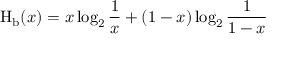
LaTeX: \operatorname { H } _ { \mathrm { b } } ( x ) = x \log _ { 2 } { \frac { 1 } { x } } + ( 1 - x ) \log _ { 2 } { \frac { 1 } { 1 - x } }